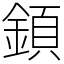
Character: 顉